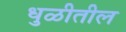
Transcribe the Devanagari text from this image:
धुळीतील